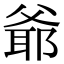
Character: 爺